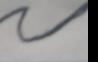
Signature authenticity: forged